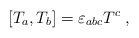
\begin{align*}[T_a,T_b]= \varepsilon_{abc}T^c\; ,\end{align*}